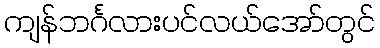
ကျန်ဘင်္ဂလားပင်လယ်အော်တွင်